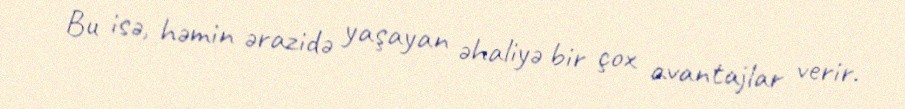
Bu isə, həmin ərazidə yaşayan əhaliyə bir çox avantajlar verir.